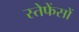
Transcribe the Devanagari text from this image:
स्तेफेंसों